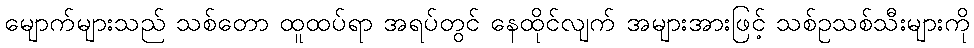
မျောက်များသည် သစ်တော ထူထပ်ရာ အရပ်တွင် နေထိုင်လျက် အများအားဖြင့် သစ်ဥသစ်သီးများကို